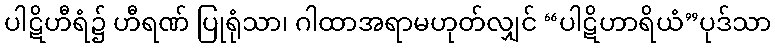
ပါဋိဟီရံ၌ ဟီရဏ် ပြုရုံသာ၊ ဂါထာအရာမဟုတ်လျှင် “ပါဋိဟာရိယံ”ပုဒ်သာ